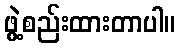
ဖွဲ့စည်းထားတာပါ။